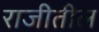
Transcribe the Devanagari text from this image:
राजीतील